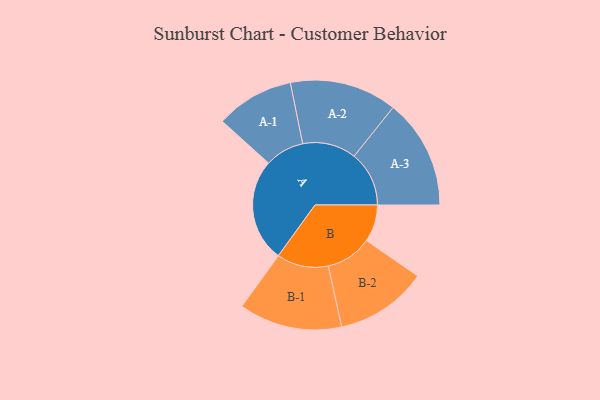
{"axis": {"x": "Segment", "y": "Value"}, "legend": ["", "A", "B"], "data": [{"x": "A", "y": 461, "type": ""}, {"x": "B", "y": 166, "type": ""}, {"x": "A-1", "y": 175, "type": "A"}, {"x": "A-2", "y": 240, "type": "A"}, {"x": "A-3", "y": 246, "type": "A"}, {"x": "B-1", "y": 231, "type": "B"}, {"x": "B-2", "y": 206, "type": "B"}]}